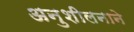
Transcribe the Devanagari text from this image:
अनुशीलनाने